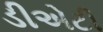
ડીએટી